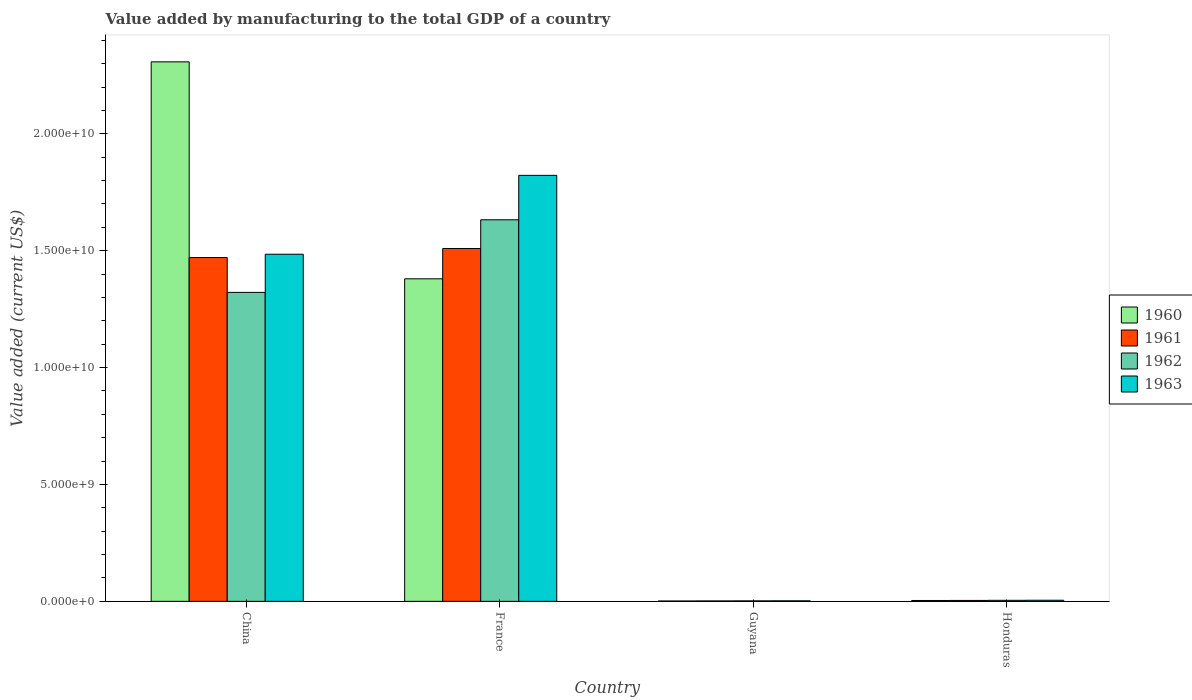
| Country | 1960 | 1961 | 1962 | 1963 |
 | --- | --- | --- | --- | --- |
 | China | 2.31e+10 | 1.47e+10 | 1.32e+10 | 1.49e+10 |
 | France | 1.38e+10 | 1.51e+10 | 1.63e+10 | 1.82e+10 |
 | Guyana | 1.59e+07 | 1.84e+07 | 2.08e+07 | 2.32e+07 |
 | Honduras | 3.80e+07 | 4.00e+07 | 4.41e+07 | 4.76e+07 |